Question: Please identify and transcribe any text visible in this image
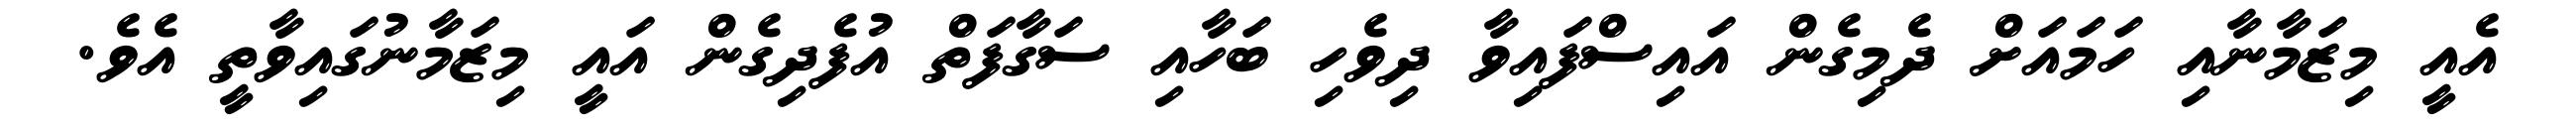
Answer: އެއީ މިޒަމާނާއި ހަމައަށް ދެމިގެން އައިސްފައިވާ ދިވެހި ބަހާއި ސަގާފަތް އުފެދިގެން އައީ މިޒަމާނުގައިވާތީ އެވެ.